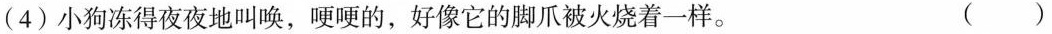
(3)小狗冻得夜夜叫唤，好像它的爪子被火烧一样。()